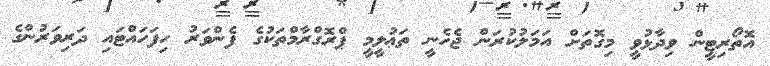
އޮތޯރިޓީން ވިދާޅުވީ މިގޮތަށް އަމަލުކުރަން ޖެހެނީ ތަޢުލީމީ ޕްރޮގްރާމްތަކުގެ ފެންވަރު ހިފަހައްޓައި ދަރިވަރުންގެ